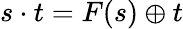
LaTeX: s\cdot t=F(s)\oplus t